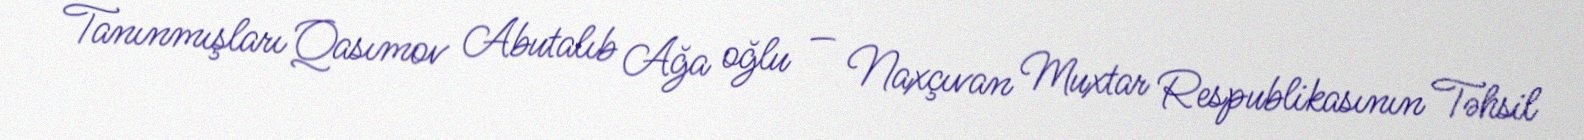
Tanınmışları Qasımov Abutalıb Ağa oğlu — Naxçıvan Muxtar Respublikasının Təhsil